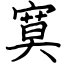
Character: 寞